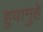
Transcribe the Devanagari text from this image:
हुवामुहे